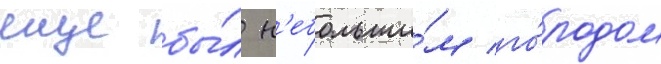
еще бы́л н'ебольши́м го́родом